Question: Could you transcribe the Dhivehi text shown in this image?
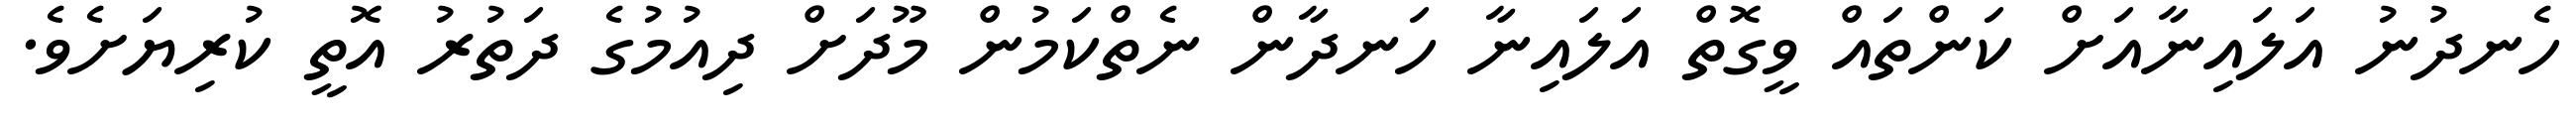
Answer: ހެނދުނު އަލައިނާއަށް ކަންތައް ވީގޮތް އަލައިނާ ހަނދާން ނެތްކަމުން މޫދަށް ދިއުމުގެ ދަތުރު އޮތީ ކުރިޔަށެވެ.